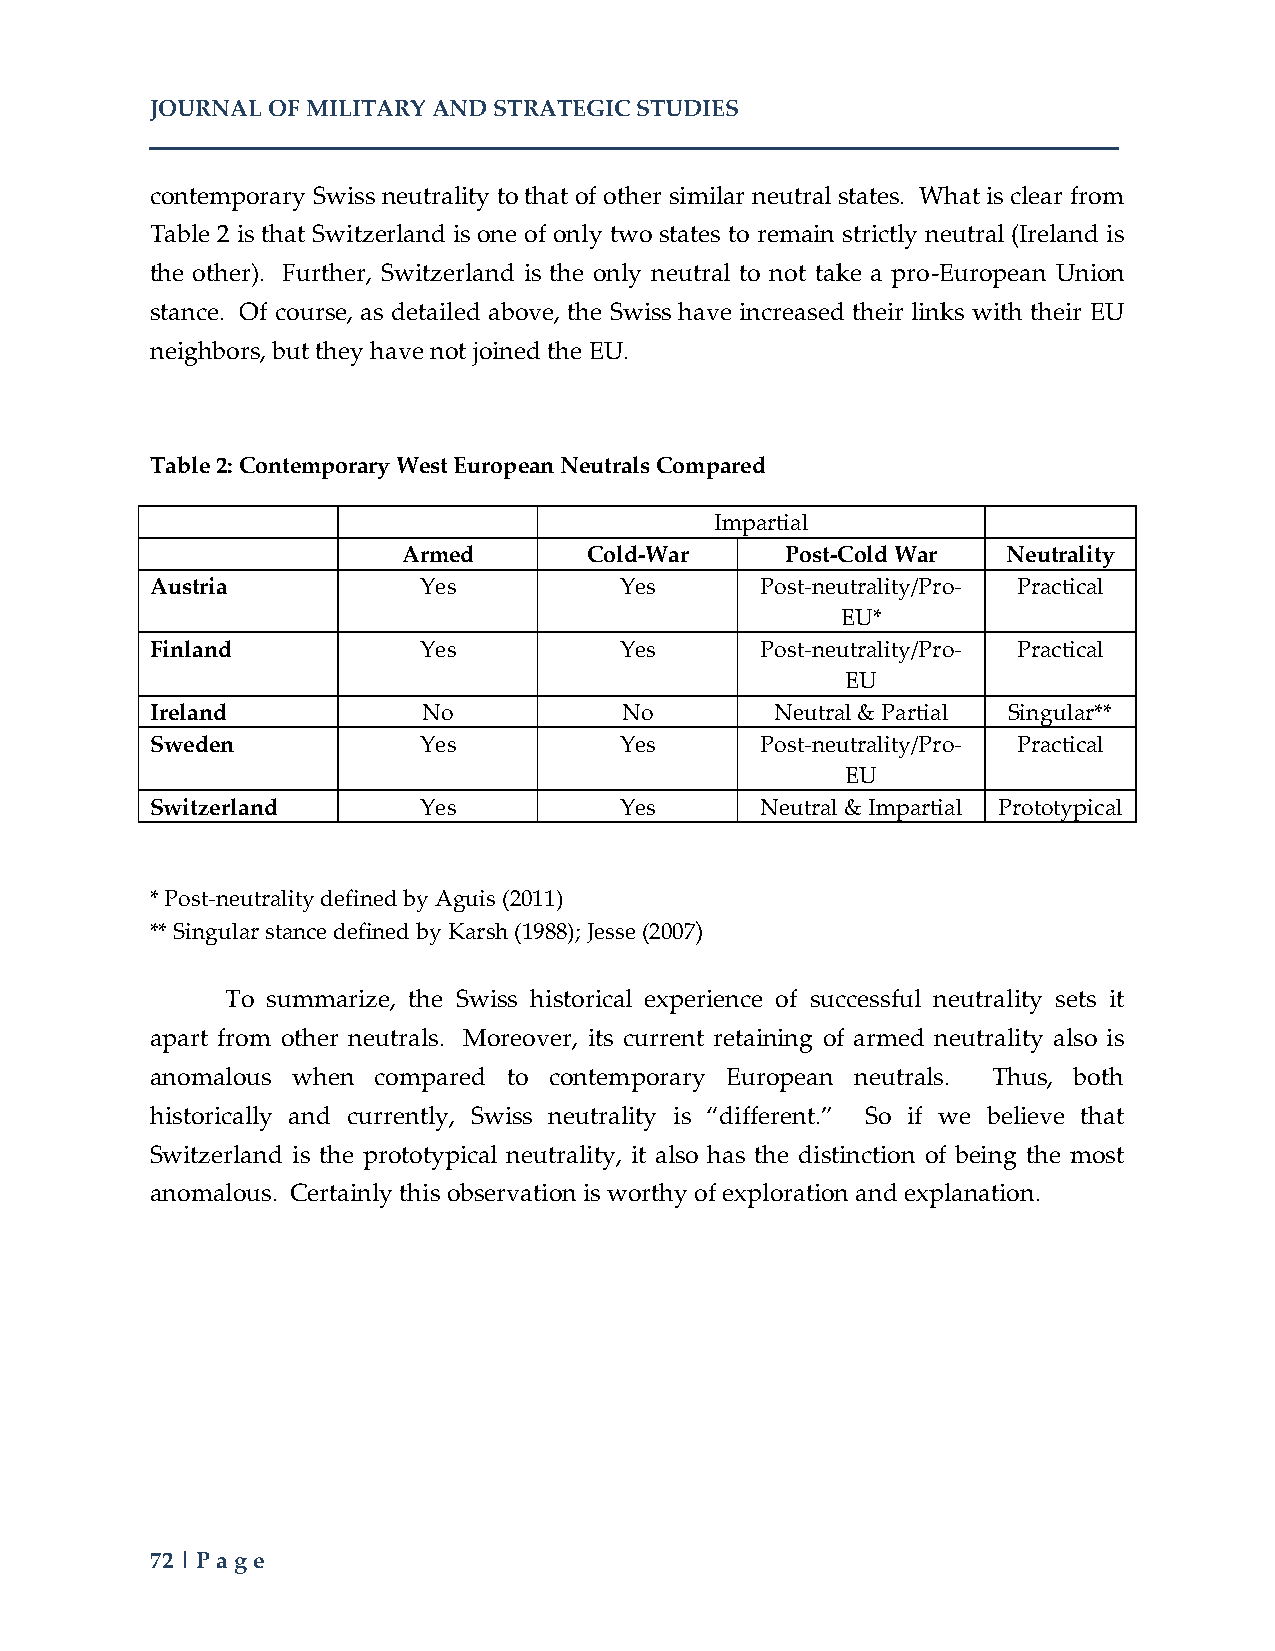
JOURNAL OF MILITARY AND STRATEGIC STUDIES
 contemporary Swiss neutrality to that of other similar neutral states. What is clear from
 Table 2 is that Switzerland is one of only two states to remain strictly neutral (Ireland is
 the other). Further, Switzerland is the only neutral to not take a pro-European Union
 stance. Of course, as detailed above, the Swiss have increased their links with their EU
 neighbors, but they have not joined the EU.
 Table 2: Contemporary West European Neutrals Compared
 Impartial
 Armed       Cold-War     Post-Cold War  Neutrality
 Austria           Yes          Yes      Post-neutrality/Pro- Practical
 EU*
 Finland           Yes          Yes      Post-neutrality/Pro- Practical
 EU
 Ireland           No           No        Neutral & Partial Singular**
 Sweden            Yes          Yes      Post-neutrality/Pro- Practical
 EU
 Switzerland       Yes          Yes      Neutral & Impartial Prototypical
 * Post-neutrality defined by Aguis (2011)
 ** Singular stance defined by Karsh (1988); Jesse (2007)
 To summarize, the Swiss historical experience of successful neutrality sets it
 apart from other neutrals. Moreover, its current retaining of armed neutrality also is
 anomalous when compared to contemporary European neutrals. Thus, both
 historically and currently, Swiss neutrality is “different.” So if we believe that
 Switzerland is the prototypical neutrality, it also has the distinction of being the most
 anomalous. Certainly this observation is worthy of exploration and explanation.
 72 | Page